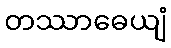
တဿာဓေယျံ